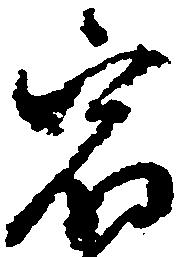
宿